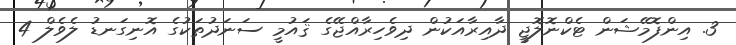
3. އިންފޮމޭޝަން ޓެކްނޮލޮޖީ ދާއިރާއަކުން ދިވެހިރާއްޖޭގެ ޤައުމީ ސަނަދުތަކުގެ އޮނިގަނޑު ލެވެލް 4